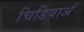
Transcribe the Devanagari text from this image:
चिडियाअं